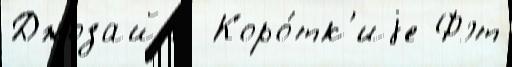
Джозайя  Коро́тк'иjе Фэт